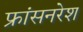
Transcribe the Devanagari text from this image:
फ्रांसनरेश